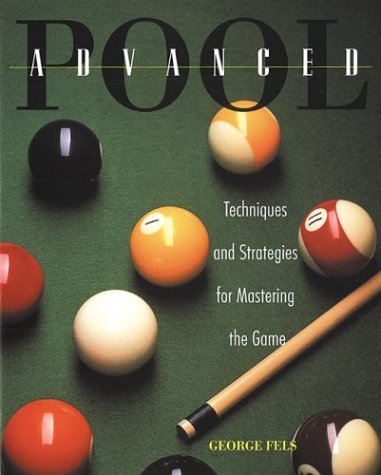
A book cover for Advanced Pool; George Fels; Sports & Outdoors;